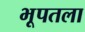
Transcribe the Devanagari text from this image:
भूपतला